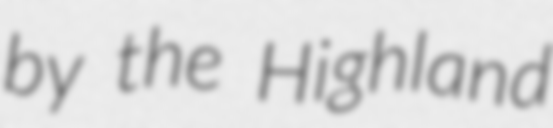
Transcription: by the Highland